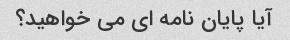
آیا پایان نامه ای می خواهید؟